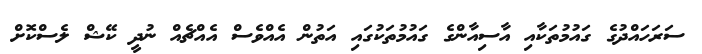
ސަރަހައްދުގެ ގައުމުތަކާއި އާސިއާންގެ ގައުމުތަކުގައި އަތުން އެއްވެސް އެއްޗެއް ނުދީ ކޭޝް ލެސްކޮށް